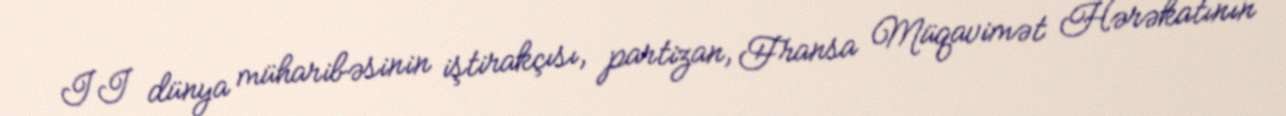
II dünya müharibəsinin iştirakçısı, partizan, Fransa Müqavimət Hərəkatının